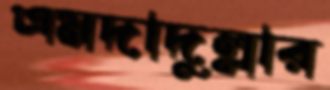
এমদাদুল্লার